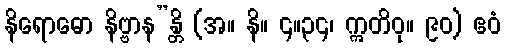
နိရောဓော နိဗ္ဗာန”န္တိ (အ။ နိ။ ၄။၃၄၊ ဣတိဝု။ ၉၀) ဧဝံ